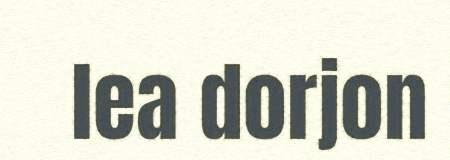
lea dorjon